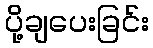
ပို့ချပေးခြင်း